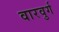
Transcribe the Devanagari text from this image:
वारवुर्ग